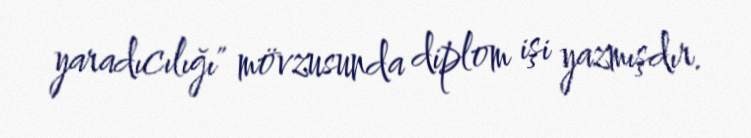
yaradıcılığı" mövzusunda diplom işi yazmışdır.